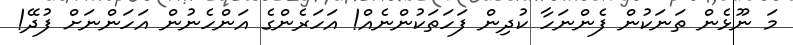
މަ ނޫޅެން ތަނަކުން ފެންނަހާ ކުދިން ފަހަތަކުންނެއް! އަހަރެންގެ އަންހެނުން އަހަންނަށް ފުދޭ!